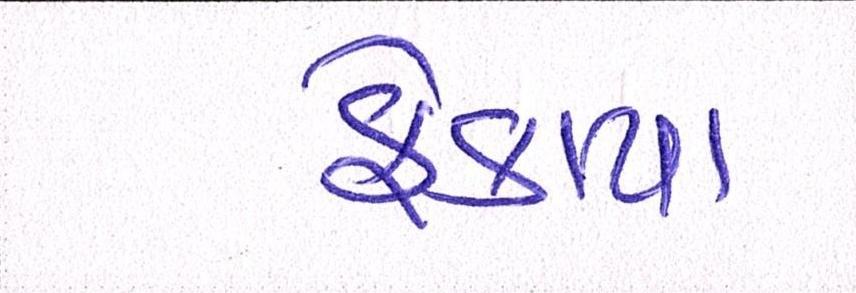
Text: ફેંકાયા